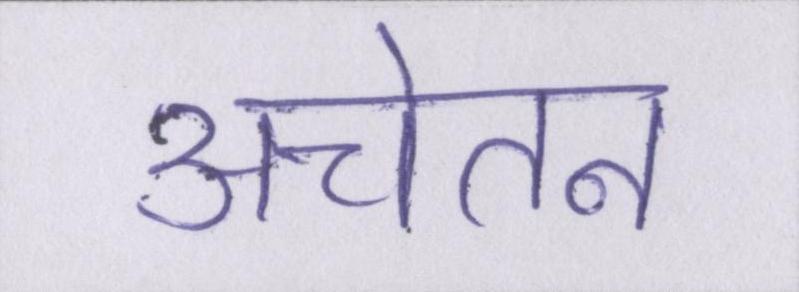
अचेतन